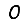
Digit: 0